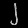
Digit: ၂